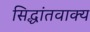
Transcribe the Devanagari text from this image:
सिद्धांतवाक्य